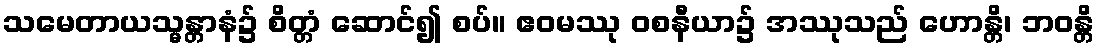
သမေတာယသ္မန္တာနံ၌ စိတ္တံ ဆောင်၍ စပ်။ ဧဝမဿု ဝစနီယာ၌ အဿုသည် ဟောန္တိ၊ ဘဝန္တိ